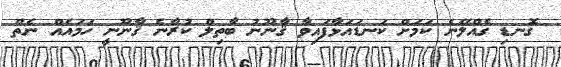
ގޮނޑި ގެއްލޭނެ ކަމަށް ކަނޑައަޅާފައިވާ ޤާނޫނު ބާތިލް ކުރާނެ ޤާނޫނީ ހަމައެއް ނެތް